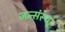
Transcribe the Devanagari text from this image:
जन्संस्था